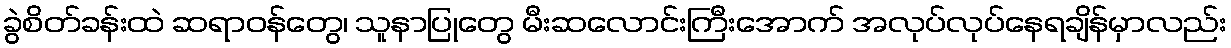
ခွဲစိတ်ခန်းထဲ ဆရာဝန်တွေ၊ သူနာပြုတွေ မီးဆလောင်းကြီးအောက် အလုပ်လုပ်နေရချိန်မှာလည်း